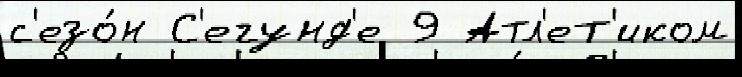
с'езо́н С'егунд'е 9 Атл'ет'иком